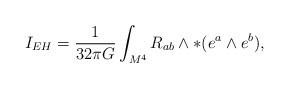
LaTeX: \begin{align*}I_{EH} =\frac{1}{32\pi G}\int_{M^4}R_{ab}\wedge\ast(e^a\wedge e^b),\end{align*}